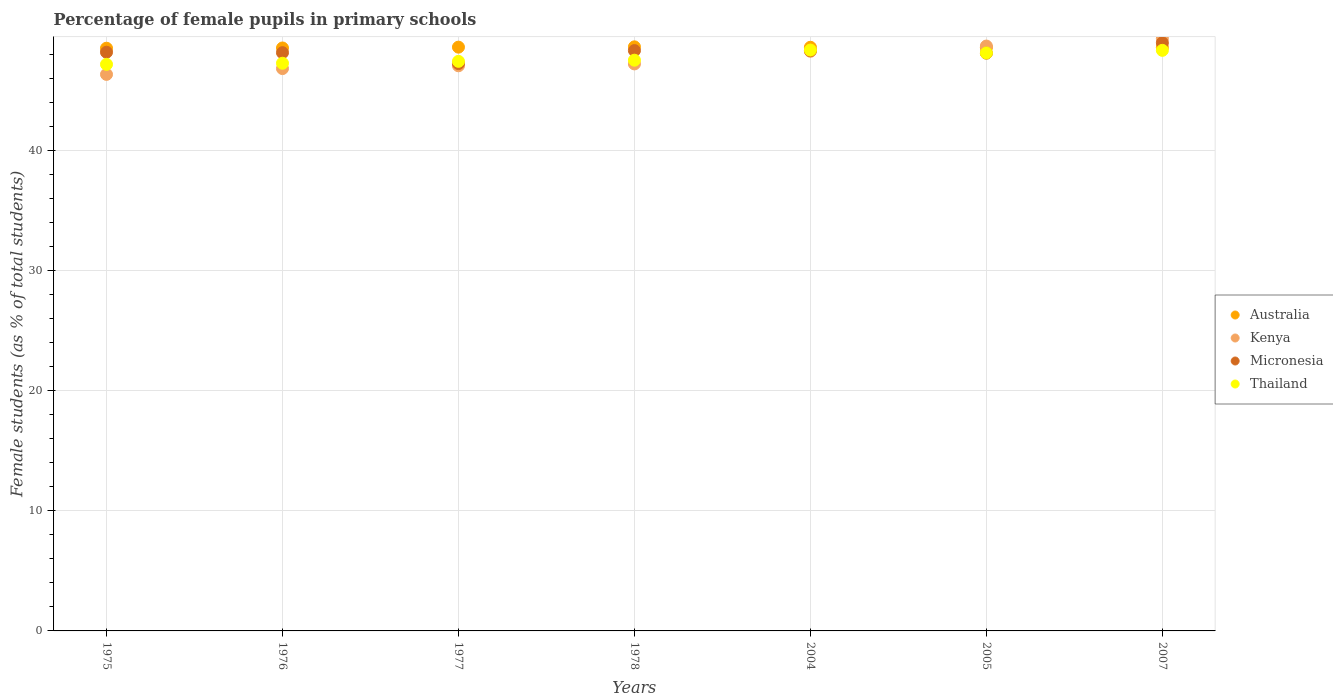
| Years | Australia | Kenya | Micronesia | Thailand |
 | --- | --- | --- | --- | --- |
 | 1975 | 48.5 | 46.4 | 48.2 | 47.2 |
 | 1976 | 48.6 | 46.8 | 48.2 | 47.3 |
 | 1977 | 48.6 | 47.1 | 47.3 | 47.4 |
 | 1978 | 48.7 | 47.2 | 48.3 | 47.5 |
 | 2004 | 48.6 | 48.3 | 48.3 | 48.4 |
 | 2005 | 48.6 | 48.7 | 48.1 | 48.1 |
 | 2007 | 48.6 | 49.4 | 49 | 48.4 |